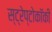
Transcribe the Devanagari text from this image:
स्ट्रेप्टोकॉकी